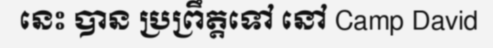
នេះ បាន ប្រព្រឹត្តទៅ នៅ Camp David